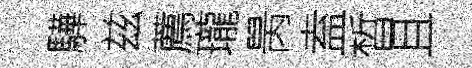
驊兹薦瓏昺盍晳且